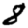
Digit: 8